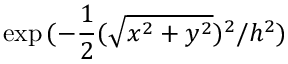
\exp { ( - \frac { 1 } { 2 } ( \sqrt { x ^ { 2 } + y ^ { 2 } } ) ^ { 2 } / h ^ { 2 } ) }